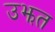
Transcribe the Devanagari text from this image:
उझत